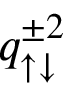
q _ { \uparrow \downarrow } ^ { \pm 2 }